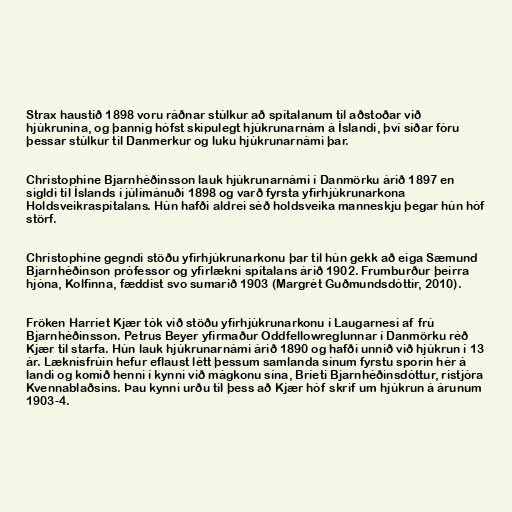
Strax haustið 1898 voru ráðnar stúlkur að spítalanum til aðstoðar við
hjúkrunina, og þannig hófst skipulegt hjúkrunarnám á Íslandi, því síðar fóru
þessar stúlkur til Danmerkur og luku hjúkrunarnámi þar.

Christophine Bjarnhéðinsson lauk hjúkrunarnámi í Danmörku árið 1897 en
sigldi til Íslands í júlímánuði 1898 og varð fyrsta yfirhjúkrunarkona
Holdsveikraspítalans. Hún hafði aldrei séð holdsveika manneskju þegar hún hóf
störf.

Christophine gegndi stöðu yfirhjúkrunarkonu þar til hún gekk að eiga Sæmund
Bjarnhéðinson prófessor og yfirlækni spítalans árið 1902. Frumburður þeirra
hjóna, Kolfinna, fæddist svo sumarið 1903 (Margrét Guðmundsdóttir, 2010).

Fröken Harriet Kjær tók við stöðu yfirhjúkrunarkonu í Laugarnesi af frú
Bjarnhéðinsson. Petrus Beyer yfirmaður Oddfellowreglunnar í Danmörku réð
Kjær til starfa. Hún lauk hjúkrunarnámi árið 1890 og hafði unnið við hjúkrun í 13
ár. Læknisfrúin hefur eflaust létt þessum samlanda sínum fyrstu sporin hér á
landi og komið henni í kynni við mágkonu sína, Bríeti Bjarnhéðinsdóttur, ristjóra
Kvennablaðsins. Þau kynni urðu til þess að Kjær hóf skrif um hjúkrun á árunum
1903-4.